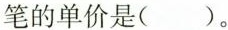
笔的单价是( )。